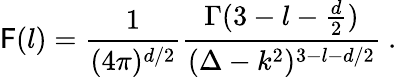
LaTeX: \mathsf{F}(l)={\frac{{1}}{{(4\pi)^{d/2}}}}{\frac{{\Gamma(3-l-{\frac{{d}}{{2}}})}}{{(\Delta-k^{2})^{3-l-d/2}}}}\ .